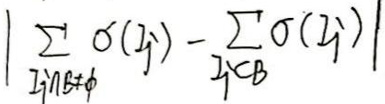
\[
\left| \sum_{Z_j \cap B \neq \varnothing} \sigma(Z_j) - \sum_{Z_j \subset B} \sigma(Z_j) \right|
\]